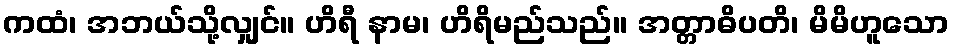
ကထံ၊ အဘယ်သို့လျှင်။ ဟိရီ နာမ၊ ဟိရိမည်သည်။ အတ္တာဓိပတိ၊ မိမိဟူသော